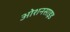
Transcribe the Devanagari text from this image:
ओशनसाइड